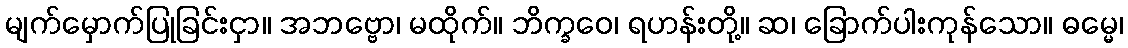
မျက်မှောက်ပြုခြင်းငှာ။ အဘဗ္ဗော၊ မထိုက်။ ဘိက္ခဝေ၊ ရဟန်းတို့။ ဆ၊ ခြောက်ပါးကုန်သော။ ဓမ္မေ၊